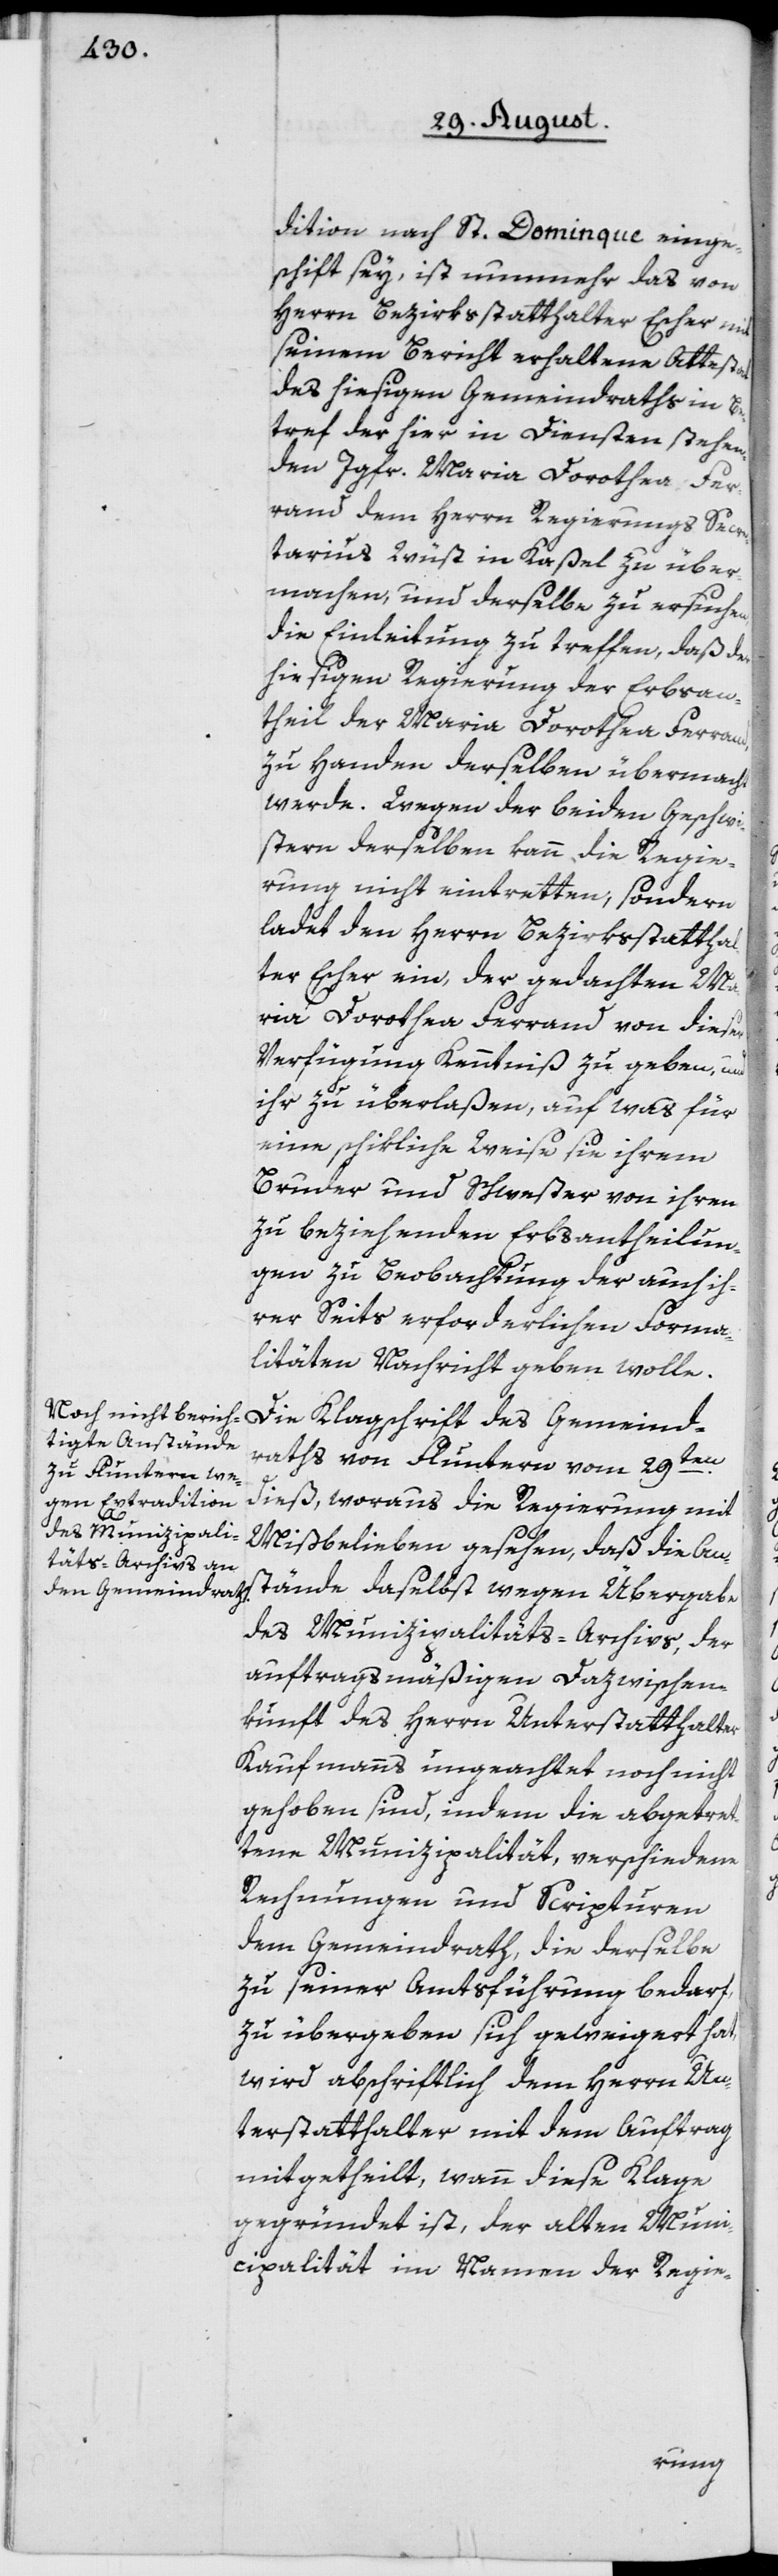
dition nach St. Dominque einge¬
schift sey, ist nunmehr das von
Herrn Bezirksstatthalter Escher mit
seinem Bericht erhaltene Attestat
des hiesigen Gemeindraths in Be¬
tref der hier in Diensten stehen¬
den Jgfr. Maria Dorothea Fer¬
rand dem Herrn Regierungs Secre¬
tarius Wüst in Kaßel zu über¬
machen, und derselbe zu ersuchen,
die Einleitung zu treffen, daß der
hiesigen Regierung der Erbsan¬
theil der Maria Dorothea Ferrand,
zu Handen derselben übermacht
werde. Wegen der beiden Geschwi¬
stern derselben kann die Regie¬
rung nicht eintretten, sondern
ladet den Herrn Bezirksstatthal¬
ter Escher ein, der gedachten Ma¬
ria Dorothea Ferrand von dieser
Verfügung Kenntniß zu geben, und
ihr zu überlaßen, auf was für
eine schikliche Weise sie ihrem
Bruder und Schwester von ihren
zu beziehenden Erbsantheilun¬
gen zu Beobachtung der auch ih¬
rer Seits erforderlichen Forma¬
litäten Nachricht geben wolle.
aths von Fluntern vom 29ten
dieß, woraus die Regierung mit
Mißbelieben gesehen, daß die An¬
des Gemeindr¬
stände daselbst wegen Übergabe
des Munizipalitäts-Archivs, der
auftragsmäßigen Dazwischen¬
kunft des Herrn Unterstatthalter
Kaufmanns ungeachtet noch nicht
gehoben sind, indem die abgetret¬
tene Munizipalität, verschiedene
Rechnungen und Scripturen
dem Gemeindrath, die derselbe
zu seiner Amtsführung bedarf,
zu übergeben sich geweigert hat,
wird abschriftlich dem Herrn Un¬
terstatthalter mit dem Auftrag
mitgetheilt, wann diese Klage
gegründet ist, der alten Muni¬
cipalität im Namen der Regie-